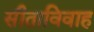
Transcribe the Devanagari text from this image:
सीताविवाह